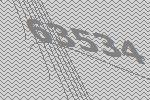
63534